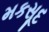
મકસૂદ